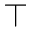
\top